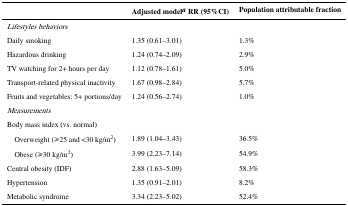
|  | Adjusted modela RR (95%CI) | Population attributable fraction |
 | --- | --- | --- |
 | Lifestyles behaviors |  |  |
 | Daily smoking | 1.35 (0.61–3.01) | 1.3% |
 | Hazardous drinking | 1.24 (0.74–2.09) | 2.9% |
 | TV watching for 2+ hours per day | 1.12 (0.78–1.61) | 5.0% |
 | Transport-related physical inactivity | 1.67 (0.98–2.84) | 5.7% |
 | Fruits and vegetables: 5+ portions/day | 1.24 (0.56–2.74) | 1.0% |
 | Measurements |  |  |
 | Body mass index (vs. normal) |  |  |
 | Overweight (⩾25 and <30 kg/m2) | 1.89 (1.04–3.43) | 36.5% |
 | Obese (⩾30 kg/m2) | 3.99 (2.23–7.14) | 54.9% |
 | Central obesity (IDF) | 2.88 (1.63–5.09) | 58.3% |
 | Hypertension | 1.35 (0.91–2.01) | 8.2% |
 | Metabolic syndrome | 3.34 (2.23–5.02) | 52.4% |